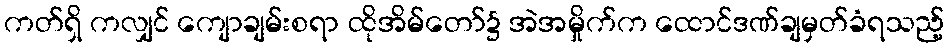
ကတ်ရှိ ကလျှင် ကျောချမ်းစရာ ထိုအိမ်တော်၌ အဲအမှိုက်က ထောင်ဒဏ်ချမှတ်ခံရသည့်